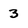
Character: 3